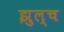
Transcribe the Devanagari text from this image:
झुल्च